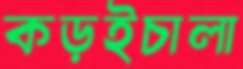
কড়ইচালা